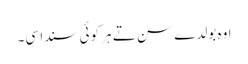
اوہ بولدے سن تے ہر کوئی سندا سی۔